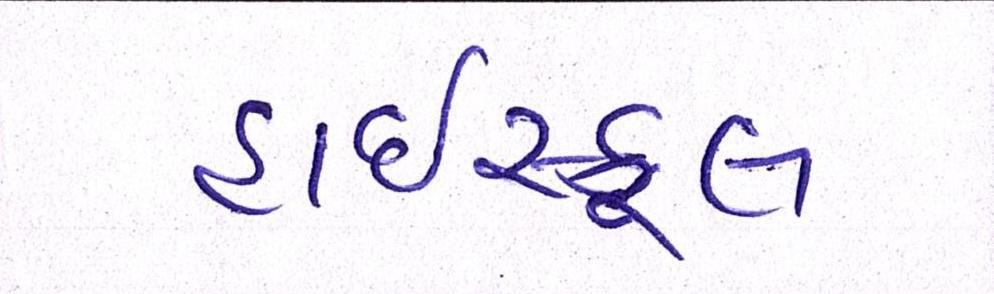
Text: હાઇસ્કૂલ